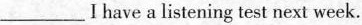
___I have a listening test next week.